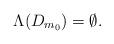
LaTeX: \begin{align*}\Lambda(D_{m_0}) = \emptyset. \end{align*}